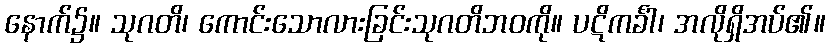
နောက်၌။ သုဂတိ၊ ကောင်းသောလားခြင်းသုဂတိဘဝကို။ ပဋိကင်္ခါ၊ အလိုရှိအပ်၏။